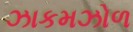
ઝાકમઝોળ